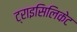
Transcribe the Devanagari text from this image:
ट्राइसिलिकेट